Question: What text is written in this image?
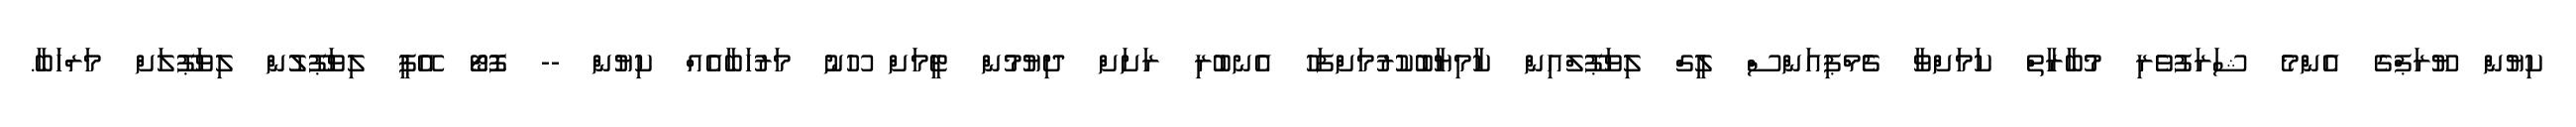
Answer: ކިޔުން ޔޫރަޕްގެ އެންމެ ޝަރަފުވެރި މުބާރާތް ކަމަށްވާ ޗެމްޕިއަންސް ލީގް ލިވަޕޫލްއިން ކާމިޔާބުކުރުމަށްފަހު އެނބުރި ރަށަށް ދިޔުމުން ޓީމަށް ހޫނު މަރުހަބާއެއް ކިޔުން -- ފޮޓޯ އޭޕީ ލިވަޕޫލުން ލިވަޕޫލަށް މަރްހަބާ.